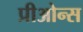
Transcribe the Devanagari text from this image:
प्रीओन्स